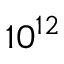
1 0 ^ { 1 2 }